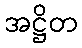
အဋ္ဌိတ